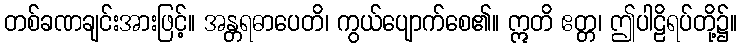
တစ်ခဏချင်းအားဖြင့်။ အန္တရဓာပေတိ၊ ကွယ်ပျောက်စေ၏။ ဣတိ ဧတ္တ၊ ဤပါဠိရပ်တို့၌။